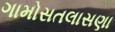
ગામોસતલાસણા